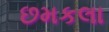
છમકલા